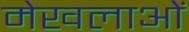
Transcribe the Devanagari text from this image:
मेखलाओं